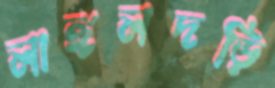
লাঙ্গলদড়ি